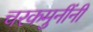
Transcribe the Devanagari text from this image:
चरकमुनींनी